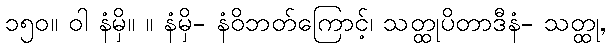
၁၅၀။ ဝါ နံမှိ။ ။ နံမှိ- နံဝိဘတ်ကြောင့်၊ သတ္ထုပိတာဒီနံ- သတ္ထု,